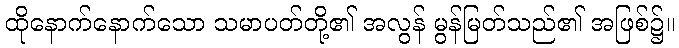
ထိုနောက်နောက်သော သမာပတ်တို့၏ အလွန် မွန်မြတ်သည်၏ အဖြစ်၌။